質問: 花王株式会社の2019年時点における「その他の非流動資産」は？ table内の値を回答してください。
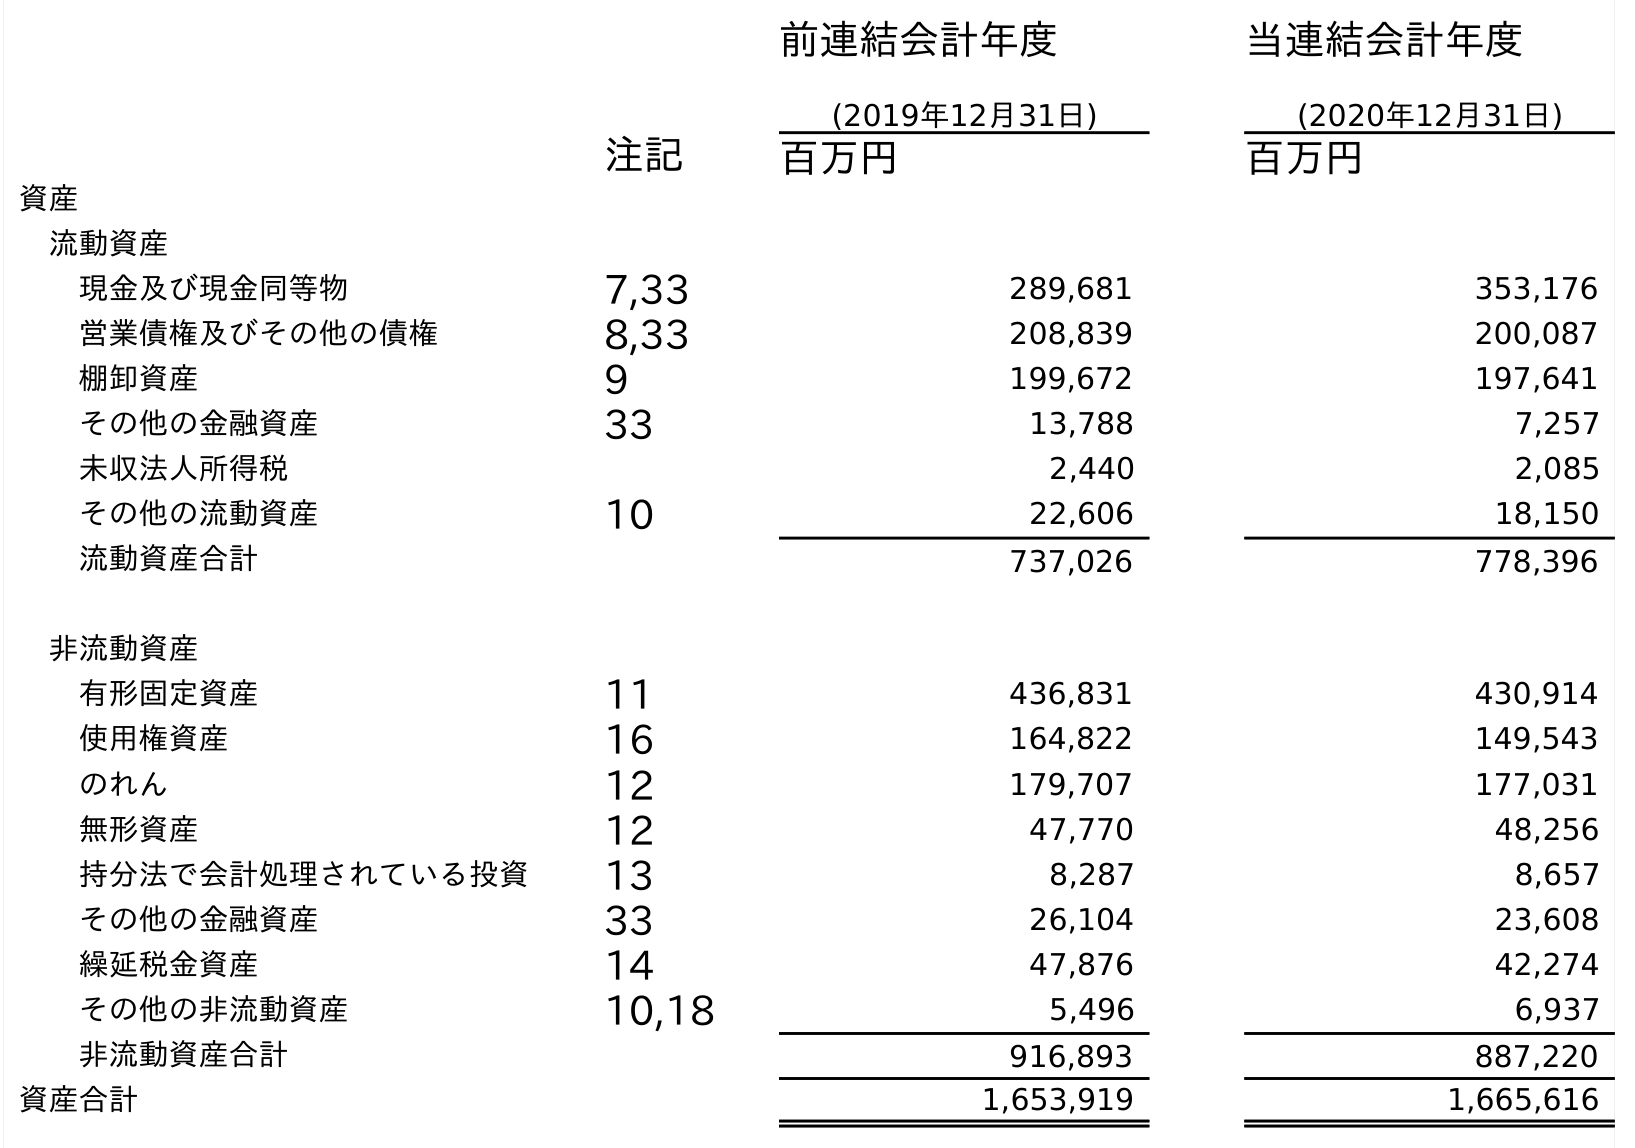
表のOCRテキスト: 前連結会計年度 (2019年12月31日) 当連結会計年度 (2020年12月31日) 注記 百万円 百万円 資産 流動資産 現金及び現金同等物 7,33 289,681 353,176 営業債権及びその他の債権 8,33 208,839 200,087 棚卸資産 9 199,672 197,641 その他の金融資産 33 13,788 7,257 未収法人所得税 2,440 2,085 その他の流動資産 10 22,606 18,150 流動資産合計 737,026 778,396 非流動資産 有形固定資産 11 436,831 430,914 使用権資産 16 164,822 149,543 のれん 12 179,707 177,031 無形資産 12 47,770 48,256 持分法で会計処理されている投資 13 8,287 8,657 その他の金融資産 33 26,104 23,608 繰延税金資産 14 47,876 42,274 その他の非流動資産 10,18 5,496 6,937 非流動資産合計 916,893 887,220 資産合計 1,653,919 1,665,616
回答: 5,496